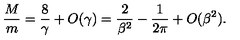
{ \frac { M } { m } } = { \frac { 8 } { \gamma } } + O ( \gamma ) = { \frac { 2 } { \beta ^ { 2 } } } - { \frac { 1 } { 2 \pi } } + O ( \beta ^ { 2 } ) .